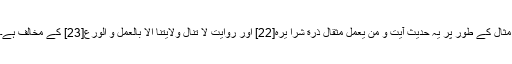
مثال کے طور پر یہ حدیث آیت و من یعمل مثقال ذرة شراً یره[22] اور روایت لا تنال ولایتنا الا بالعمل و الورع[23] کے مخالف ہے۔